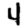
Digit: 4